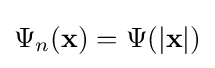
\Psi _{n}(\mathbf {x} )=\Psi (|\mathbf {x} |)